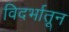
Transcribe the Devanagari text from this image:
विदर्भातून